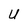
Character: U